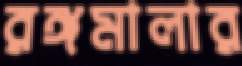
রঙ্গমালার